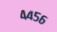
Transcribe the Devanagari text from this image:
४४५६